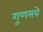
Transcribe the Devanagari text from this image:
गुणमये